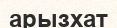
арызхат